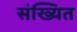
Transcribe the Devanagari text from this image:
संख्यित